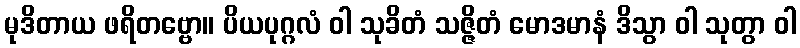
မုဒိတာယ ဖရိတဗ္ဗော။ ပိယပုဂ္ဂလံ ဝါ သုခိတံ သဇ္ဇိတံ မောဒမာနံ ဒိသွာ ဝါ သုတွာ ဝါ